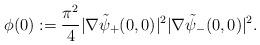
LaTeX: \begin{align*}\phi(0) :=\dfrac{\pi^2}{4}|\nabla\tilde\psi_+(0,0)|^2 |\nabla\tilde\psi_-(0,0)|^2.\end{align*}